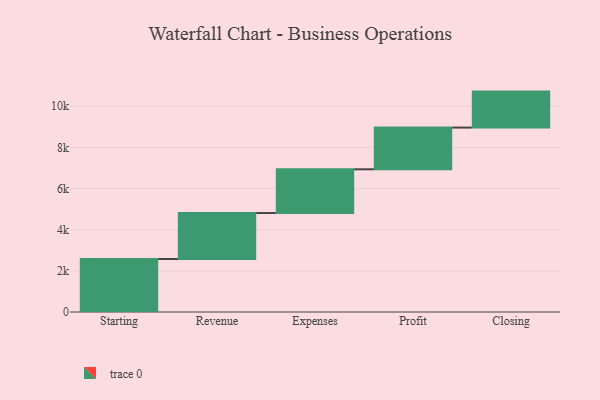
{"axis": {"x": "Step", "y": "Value"}, "legend": [""], "data": [{"x": "Starting", "y": 2576.0, "type": ""}, {"x": "Revenue", "y": 2235.0, "type": ""}, {"x": "Expenses", "y": 2126.0, "type": ""}, {"x": "Profit", "y": 2028.0, "type": ""}, {"x": "Closing", "y": 1749.0, "type": ""}]}